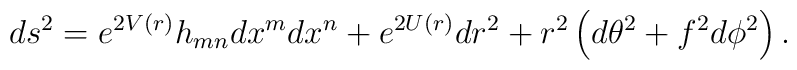
ds^{2}=e^{2V(r)}h_{mn}dx^{m}dx^{n}+e^{2U(r)}dr^{2}+r^{2}\left( d\theta^{2}+f^{2}d\phi ^{2}\right) .